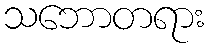
သဘောတရား